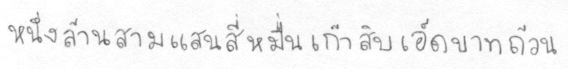
หนึ่งล้านสามแสนสี่หมื่นเก้าสิบเอ็ดบาทถ้วน